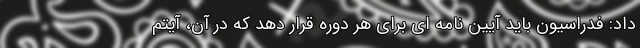
داد: فدراسیون باید آیین نامه ای برای هر دوره قرار دهد که در آن، آیتم